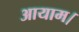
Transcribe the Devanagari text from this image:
आयाम।